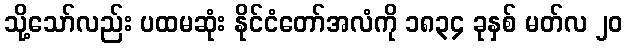
သို့သော်လည်း ပထမဆုံး နိုင်ငံတော်အလံကို ၁၈၃၄ ခုနှစ် မတ်လ ၂၀